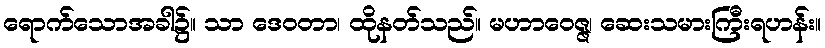
ရောက်သောအခါ၌။ သာ ဒေဝတာ၊ ထိုနတ်သည်။ မဟာဝေဇ္ဇ၊ ဆေးသမားကြီးရဟန်း။